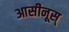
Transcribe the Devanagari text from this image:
आसीनूस्